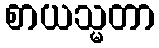
စာယသ္မတာ